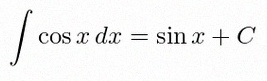
\int \cos x\,dx=\sin x+C